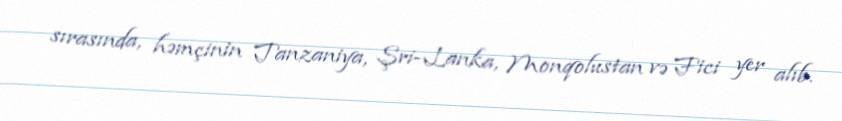
sırasında, həmçinin Tanzaniya, Şri-Lanka, Monqolustan və Fici yer alıb.